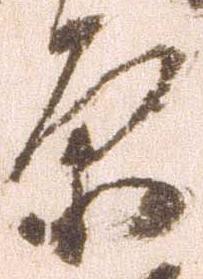
原